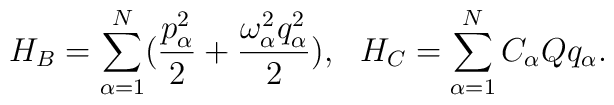
H_{B} = \sum_{\alpha=1}^{N}( \frac{p_{\alpha}^{2}}{2}	      + \frac{\omega_{\alpha}^{2}q_{\alpha}^{2}}{2}), ~~ H_{C} = \sum_{\alpha=1}^{N} C_{\alpha} Q q_{\alpha}.